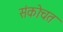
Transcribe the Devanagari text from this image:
संकोचत